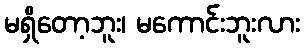
မရှိတော့ဘူး၊ မကောင်းဘူးလား